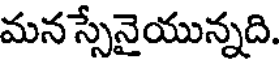
మనస్సేనైయున్నది.